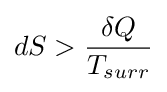
dS>{\frac {\delta Q}{T_{surr}}}